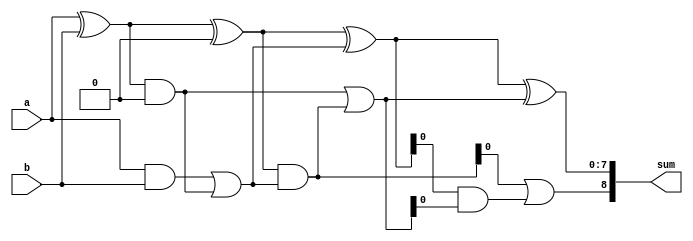
module brent_kung_adder (
    input [7:0] a,
    input [7:0] b,
    output reg [8:0] sum
);

reg [7:0] p [3:0]; // Partial sums
reg [7:0] g [3:0]; // Generate signals
reg [7:0] c [3:0]; // Carry signals

// First stage
assign p[0] = a ^ b;
assign g[0] = a & b;
assign c[0] = 0;

// Second stage
assign p[1] = p[0] ^ c[0];
assign g[1] = p[0] & c[0];
assign c[1] = g[0] | (p[0] & c[0]);

// Third stage
assign p[2] = p[1] ^ c[1];
assign g[2] = p[1] & c[1];
assign c[2] = g[1] | (p[1] & c[1]);

// Fourth stage
assign p[3] = p[2] ^ c[2];
assign g[3] = p[2] & c[2];
assign c[3] = g[2] | (p[2] & c[2]);

// Final sum output
always @(*) begin
    sum = {c[3], p[3]};
end

endmodule